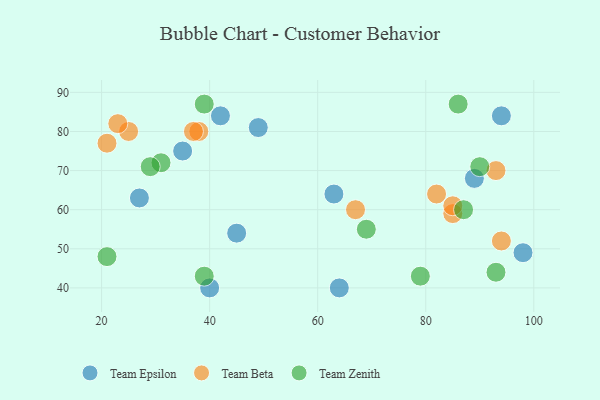
{"axis": {"x": "GDP", "y": "Life Expectancy"}, "legend": ["Team Beta", "Team Epsilon", "Team Zenith"], "data": [{"x": "64", "y": 40, "type": "Team Epsilon"}, {"x": "42", "y": 84, "type": "Team Epsilon"}, {"x": "49", "y": 81, "type": "Team Epsilon"}, {"x": "89", "y": 68, "type": "Team Epsilon"}, {"x": "98", "y": 49, "type": "Team Epsilon"}, {"x": "35", "y": 75, "type": "Team Epsilon"}, {"x": "63", "y": 64, "type": "Team Epsilon"}, {"x": "40", "y": 40, "type": "Team Epsilon"}, {"x": "45", "y": 54, "type": "Team Epsilon"}, {"x": "94", "y": 84, "type": "Team Epsilon"}, {"x": "27", "y": 63, "type": "Team Epsilon"}, {"x": "85", "y": 59, "type": "Team Beta"}, {"x": "25", "y": 80, "type": "Team Beta"}, {"x": "38", "y": 80, "type": "Team Beta"}, {"x": "85", "y": 61, "type": "Team Beta"}, {"x": "82", "y": 64, "type": "Team Beta"}, {"x": "94", "y": 52, "type": "Team Beta"}, {"x": "21", "y": 77, "type": "Team Beta"}, {"x": "37", "y": 80, "type": "Team Beta"}, {"x": "67", "y": 60, "type": "Team Beta"}, {"x": "93", "y": 70, "type": "Team Beta"}, {"x": "23", "y": 82, "type": "Team Beta"}, {"x": "79", "y": 43, "type": "Team Zenith"}, {"x": "39", "y": 43, "type": "Team Zenith"}, {"x": "21", "y": 48, "type": "Team Zenith"}, {"x": "93", "y": 44, "type": "Team Zenith"}, {"x": "39", "y": 87, "type": "Team Zenith"}, {"x": "87", "y": 60, "type": "Team Zenith"}, {"x": "31", "y": 72, "type": "Team Zenith"}, {"x": "90", "y": 71, "type": "Team Zenith"}, {"x": "86", "y": 87, "type": "Team Zenith"}, {"x": "69", "y": 55, "type": "Team Zenith"}, {"x": "29", "y": 71, "type": "Team Zenith"}]}